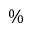
\%